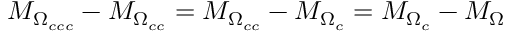
M _ { \Omega _ { c c c } } - M _ { \Omega _ { c c } } = M _ { \Omega _ { c c } } - M _ { \Omega _ { c } } = M _ { \Omega _ { c } } - M _ { \Omega }